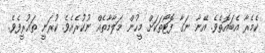
ކެމެރާ އެބައޮތެވެ. އޭނާ ނަގާ ފޮޓޯތަކަށް މީހުން މަލާމާތެއް ނުކުރެއެވެ. ކުރަނީ ތައުރީފެވެ.